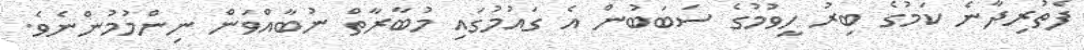
ފެތުރިދާނެ ކަމުގެ ބިރު ހީވުމުގެ ސަބަބުން އެ ގައުމުގައި މުބާރާތް ނުބާއްވަން ނިންމުމުންނެވެ.